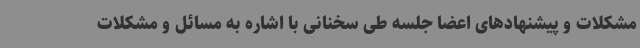
مشکلات و پیشنهادهای اعضا جلسه طی سخنانی با اشاره به مسائل و مشکلات